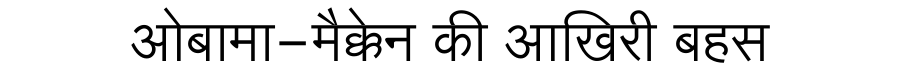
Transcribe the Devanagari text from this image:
ओबामा-मैक्केन की आखिरी बहस